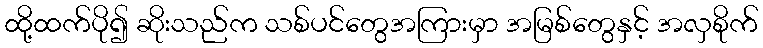
ထို့ထက်ပို၍ ဆိုးသည်က သစ်ပင်တွေအကြားမှာ အမြစ်တွေနှင့် အလှစိုက်